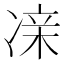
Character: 𫥔